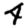
Digit: 4